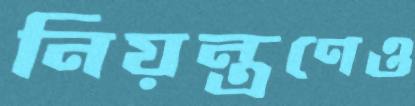
নিয়ন্ত্রণেও